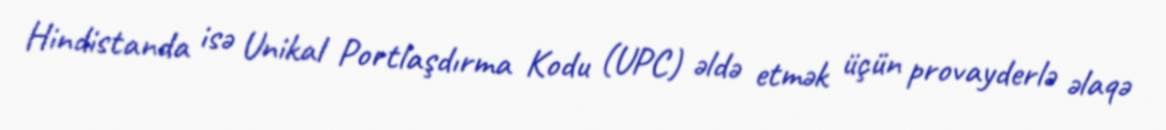
Hindistanda isə Unikal Portlaşdırma Kodu (UPC) əldə etmək üçün provayderlə əlaqə